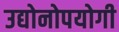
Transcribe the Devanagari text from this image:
उद्योनोपयोगी